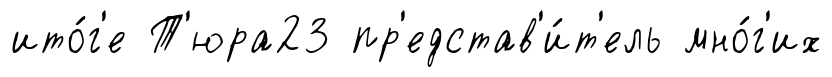
ито́г'е Т'юра23 пр'едстав'и́т'ель мно́г'их